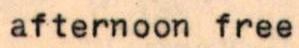
afternoon free